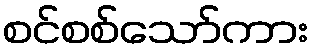
စင်စစ်သော်ကား